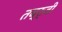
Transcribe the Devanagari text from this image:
तब्र्ज़ी